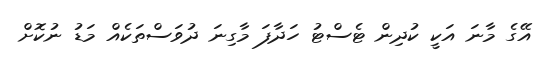
އޭގެ މާނަ އަކީ ކުދިން ޓެސްޓު ހަދާފަ މާގިނަ ދުވަސްތަކެއް މަޑު ނުކޮށް